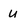
Character: u